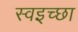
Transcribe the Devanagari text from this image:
स्वइच्छा